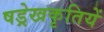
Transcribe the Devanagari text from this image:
षड्रेखकृतियें